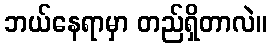
ဘယ်နေရာမှာ တည်ရှိတာလဲ။